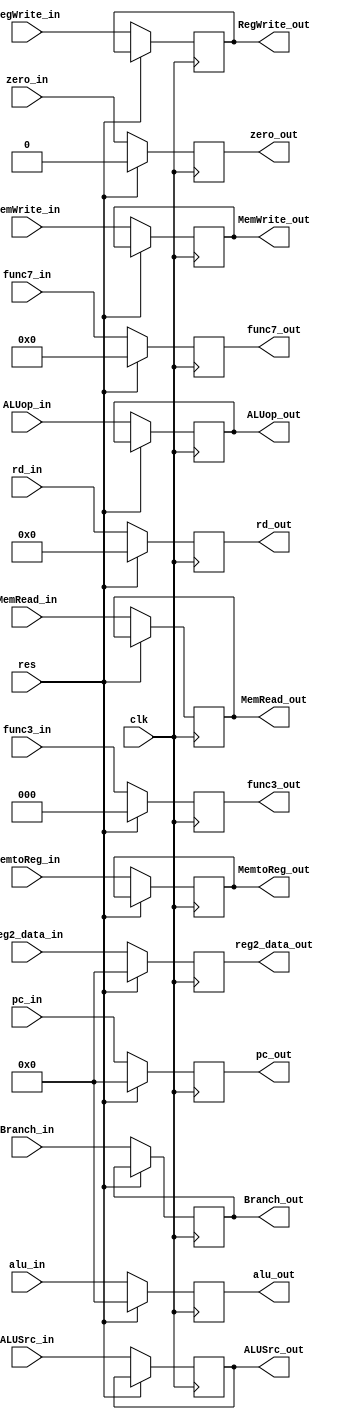
`timescale 1ns / 1ps
//////////////////////////////////////////////////////////////////////////////////
// Company: 
// Engineer: 
// 
// Design Name: 
// Module Name: EX_MEM_pipe
// Project Name: 
// Target Devices: 
// Tool Versions: 
// Description: 
// 
// Dependencies: 
// 
// Revision:
// Revision 0.01 - File Created
// Additional Comments:
// 
//////////////////////////////////////////////////////////////////////////////////


module EX_MEM_pipe (input clk,
                    input res,
                    
                    //semnale de control
                    input RegWrite_in,
                    input MemtoReg_in,
                    input MemRead_in,
                    input MemWrite_in,
                    input [1:0] ALUop_in,
                    input ALUSrc_in,
                    input Branch_in,
              
                    input [31:0] pc_in,
                    input [2:0] func3_in,
                    input [6:0] func7_in,
                    input zero_in,
                    input [31:0] alu_in,
                    input [31:0] reg2_data_in,
                    input [4:0] rd_in,
                      
                    //semnale control
                    output reg RegWrite_out,
                    output reg MemtoReg_out,
                    output reg MemRead_out,
                    output reg MemWrite_out,
                    output reg [1:0] ALUop_out,
                    output reg ALUSrc_out,
                    output reg Branch_out,
                    
                    output reg [31:0] pc_out,
                    output reg [2:0] func3_out,
                    output reg [6:0] func7_out,
                    output reg zero_out,
                    output reg [31:0] alu_out,
                    output reg [31:0] reg2_data_out,
                    output reg [4:0] rd_out);
     
     always@(posedge clk) begin
        if (res) begin 
            pc_out <= 32'b0;
            func3_out <= 3'b0;
            func7_out <= 7'b0;
            zero_out <= 0;
            alu_out <= 32'b0;
            reg2_data_out <= 32'b0;
            rd_out <= 5'b0;
        end 
        else begin 
            RegWrite_out <= RegWrite_in;
            MemtoReg_out <= MemtoReg_in;
            MemRead_out <= MemRead_in;
            MemWrite_out <= MemWrite_in;
            Branch_out <= Branch_in;
            ALUSrc_out <= ALUSrc_in;
            ALUop_out <= ALUop_in;
           
            pc_out <= pc_in;
            func3_out <= func3_in;
            func7_out <= func7_in;
            zero_out <= zero_in;
            alu_out <= alu_in;
            reg2_data_out <= reg2_data_in;
            rd_out <= rd_in;
        end 
     end         
     
endmodule